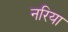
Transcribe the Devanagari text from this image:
नरिया